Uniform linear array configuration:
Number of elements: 8
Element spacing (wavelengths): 0.25
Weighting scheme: kaiser
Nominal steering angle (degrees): -30
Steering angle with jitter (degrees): -31.32
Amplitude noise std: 0.05
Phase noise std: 0.05

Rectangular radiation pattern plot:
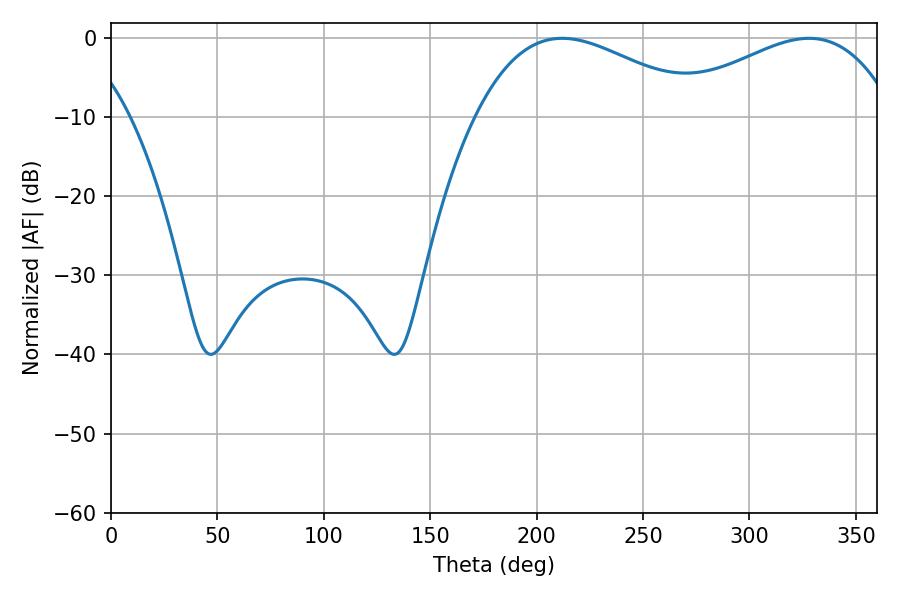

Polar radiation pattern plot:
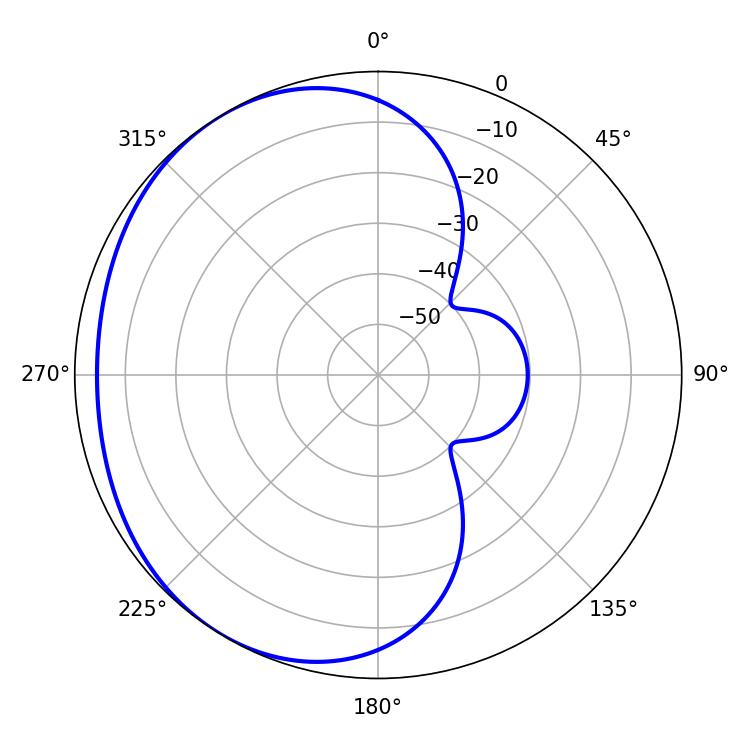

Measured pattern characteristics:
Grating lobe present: FALSE
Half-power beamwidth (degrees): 59.04
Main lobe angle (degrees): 212.04